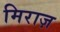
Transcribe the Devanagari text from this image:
मिराज़